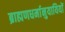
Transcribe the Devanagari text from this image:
ब्राह्मणधर्मानुयायियों